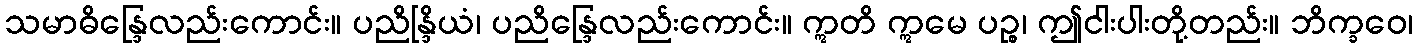
သမာဓိန္ဒြေလည်းကောင်း။ ပညိန္ဒြိယံ၊ ပညိန္ဒြေလည်းကောင်း။ ဣတိ ဣမေ ပဉ္စ၊ ဤငါးပါးတို့တည်း။ ဘိက္ခဝေ၊